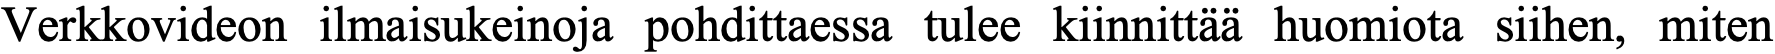
Verkkovideon ilmaisukeinoja pohdittaessa tulee kiinnittää huomiota siihen, miten